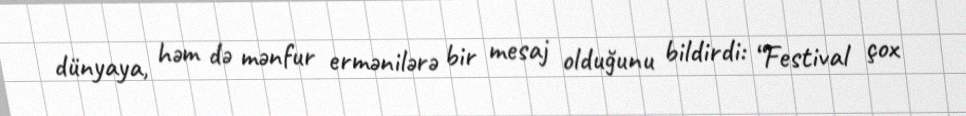
dünyaya, həm də mənfur ermənilərə bir mesaj olduğunu bildirdi: “Festival çox